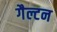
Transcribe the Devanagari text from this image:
गैल्टन